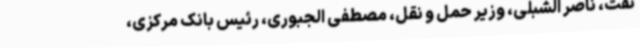
نفت، ناصر الشبلی، وزیر حمل و نقل، مصطفی الجبوری، رئیس بانک مرکزی،